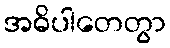
အဓိပါတေတွာ